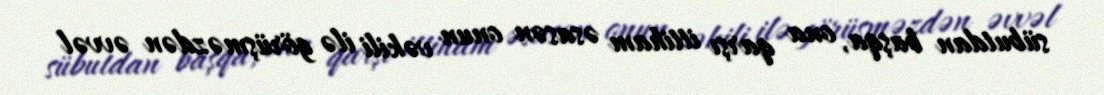
sübutdan başqa, ona qarşı ittiham əsasən onun vəkili ilə görüşməzdən əvvəl